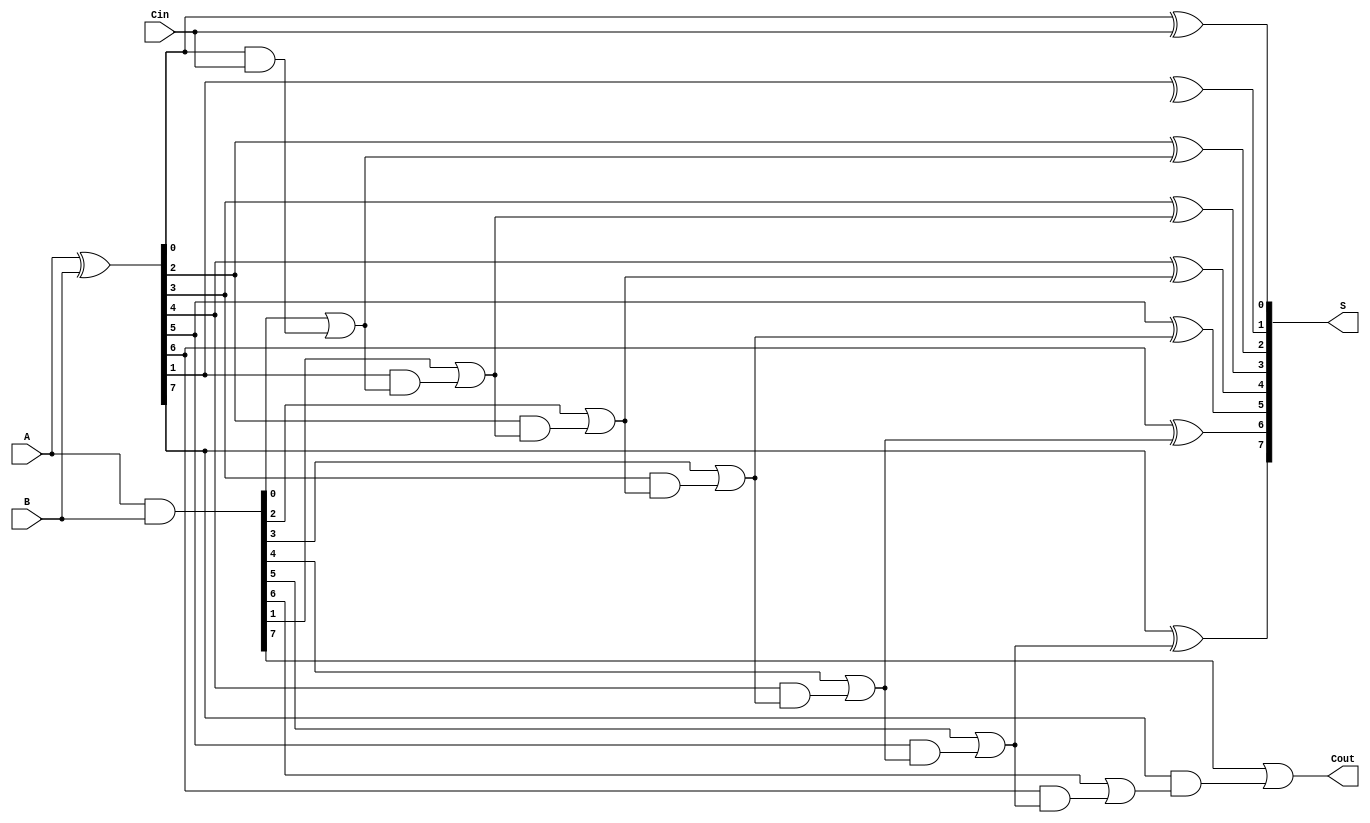
module BrentKungAdder #(parameter N = 8) (
    input  [N-1:0] A,      // First operand
    input  [N-1:0] B,      // Second operand
    input          Cin,     // Carry-in
    output [N-1:0] S,      // Sum output
    output         Cout     // Carry-out
);

    // Generate and Propagate signals
    wire [N-1:0] G;        // Generate signals
    wire [N-1:0] P;        // Propagate signals
    wire [N-1:0] C;        // Carry signals

    // Compute G and P
    assign G = A & B;      // Generate
    assign P = A ^ B;      // Propagate

    // First stage of carry computation
    genvar i;
    generate
        for (i = 1; i < N; i = i + 1) begin : carry_gen
            if (i == 1) begin
                assign C[i] = G[i-1] | (P[i-1] & Cin); // Incorporate Cin for the first carry
            end else begin
                assign C[i] = G[i-1] | (P[i-1] & C[i-1]);
            end
        end
    endgenerate

    // Final carry-out
    assign Cout = G[N-1] | (P[N-1] & C[N-1]);

    // Sum calculation
    assign S[0] = P[0] ^ Cin; // For the least significant bit
    generate
        for (i = 1; i < N; i = i + 1) begin : sum_gen
            assign S[i] = P[i] ^ C[i-1];
        end
    endgenerate

endmodule